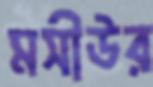
মসীউর